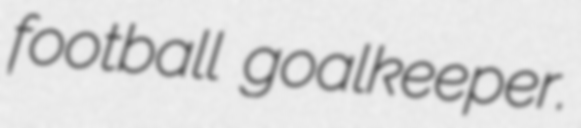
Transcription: football goalkeeper.